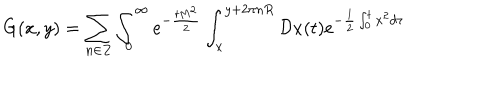
LaTeX: G ( x , y ) = \sum _ { n \in Z } \int _ { 0 } ^ { \infty } e ^ { - { \frac { t M ^ { 2 } } { 2 } } } \int _ { x } ^ { y + 2 \pi n R } { \cal D } x ( t ) e ^ { - { \frac { 1 } { 2 } } \int _ { 0 } ^ { t } \dot { x } ^ { 2 } d \tau }